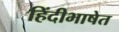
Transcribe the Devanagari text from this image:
हिंदीभाषेत